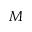
M